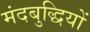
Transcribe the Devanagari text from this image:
मंदबुद्धियों